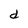
Character: d